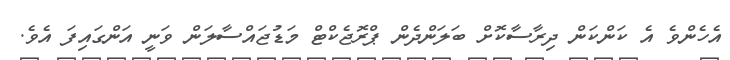
އެހެންވެ އެ ކަންކަން ދިރާސާކޮށް ބަލަންދެން ޕްރޮޖެކްޓް މަޑުޖައްސާލަން ވަނީ އަންގައިފަ އެވެ.